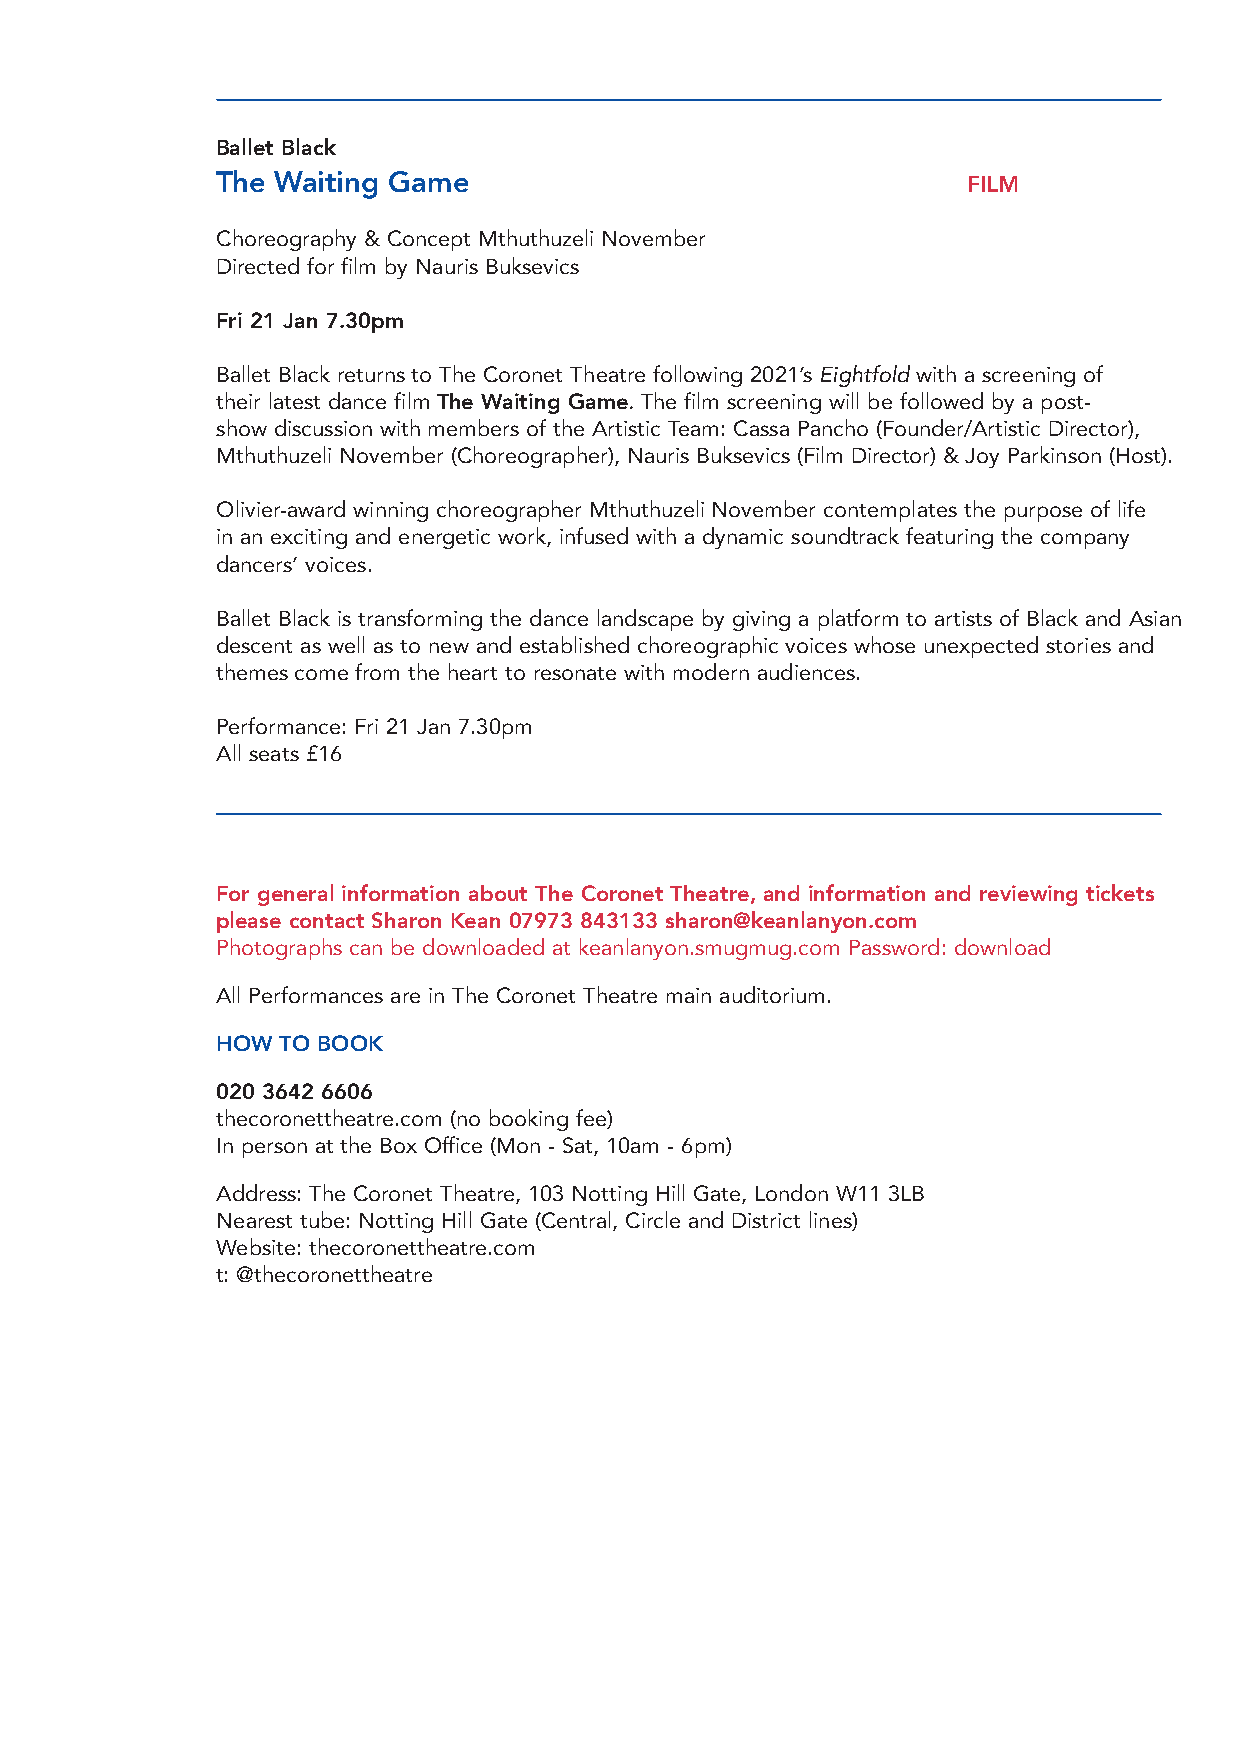
Ballet Black
 The Waiting Game                                  FILM
 Choreography & Concept Mthuthuzeli November
 Directed for film by Nauris Buksevics
 Fri 21 Jan 7.30pm
 Ballet Black returns to The Coronet Theatre following 2021’s Eightfold with a screening of
 their latest dance film The Waiting Game. The film screening will be followed by a post-
 show discussion with members of the Artistic Team: Cassa Pancho (Founder/Artistic Director),
 Mthuthuzeli November (Choreographer), Nauris Buksevics (Film Director) & Joy Parkinson (Host).
 Olivier-award winning choreographer Mthuthuzeli November contemplates the purpose of life
 in an exciting and energetic work, infused with a dynamic soundtrack featuring the company
 dancers’ voices.
 Ballet Black is transforming the dance landscape by giving a platform to artists of Black and Asian
 descent as well as to new and established choreographic voices whose unexpected stories and
 themes come from the heart to resonate with modern audiences.
 Performance: Fri 21 Jan 7.30pm
 All seats £16
 For general information about The Coronet Theatre, and information and reviewing tickets
 please contact Sharon Kean 07973 843133 sharon@keanlanyon.com
 Photographs can be downloaded at keanlanyon.smugmug.com Password: download
 All Performances are in The Coronet Theatre main auditorium.
 HOW TO BOOK
 020 3642 6606
 thecoronettheatre.com (no booking fee)
 In person at the Box Office (Mon - Sat, 10am - 6pm)
 Address: The Coronet Theatre, 103 Notting Hill Gate, London W11 3LB
 Nearest tube: Notting Hill Gate (Central, Circle and District lines)
 Website: thecoronettheatre.com
 t: @thecoronettheatre